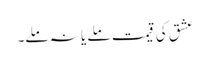
عشق کی قیمت ملے یا نہ ملے۔